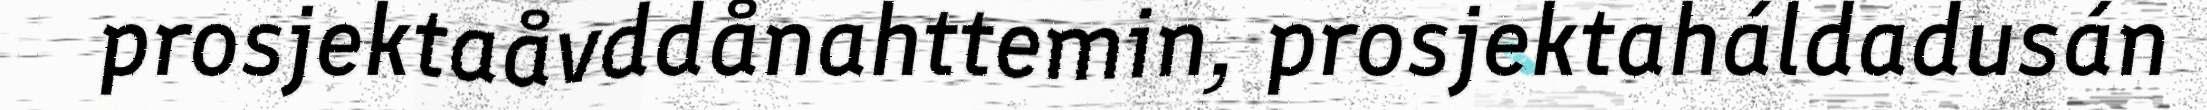
prosjektaåvddånahttemin, prosjektaháldadusán